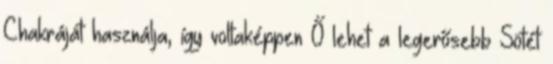
Chakráját használja, így voltaképpen Ő lehet a legerősebb Sötét